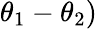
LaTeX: \theta_{1}-\theta_{2})